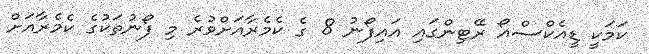
ކަމަކީ ޑީއެކްސްއޯ ރޭޓިންގައި އައިފޯނު 8 ގެ ކެމެރާއަށްވުރެ މި ފޯނުތަކުގެ ކެމެރާއަށް